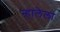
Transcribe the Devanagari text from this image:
न्हालेला